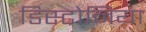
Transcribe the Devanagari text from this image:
डिस्टोनिया